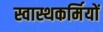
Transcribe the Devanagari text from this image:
स्वास्थकर्मियों